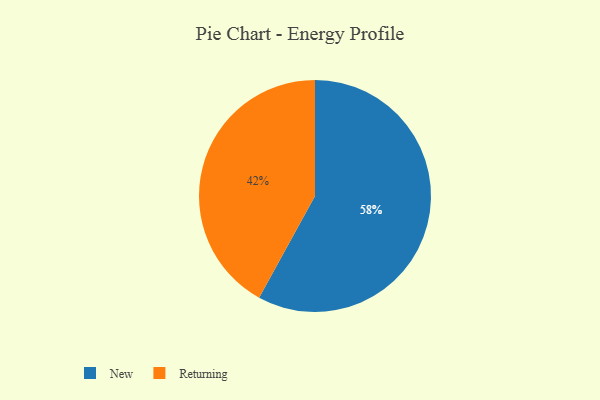
{"axis": {"x": "Category", "y": "Percentage"}, "legend": ["New", "Returning"], "data": [{"x": "Returning", "y": 42, "type": "Returning"}, {"x": "New", "y": 58, "type": "New"}]}